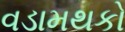
વડામથકો